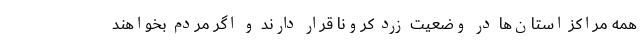
همه مراکز استان‌ها در وضعیت زرد کرونا قرار دارند و اگر مردم بخواهند